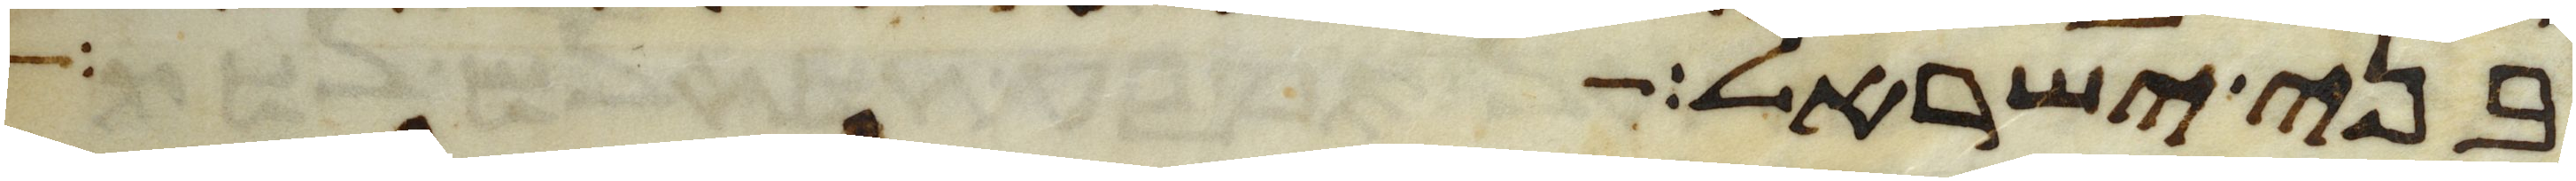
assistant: בני ישראל